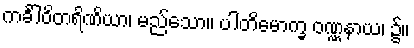
ကင်္ခါဝိတရိဏိယာ၊ မည်သော။ ပါတိမောက္ခ ဝဏ္ဏနာယ၊ ၌။